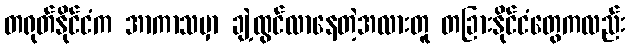
တရုတ်နိုင်ငံက အာကာသမှာ ချဲ့ထွင်လာနေတဲ့အလားတူ တခြားနိုင်ငံတွေကလည်း